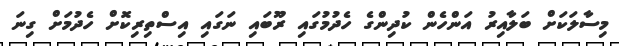
މިސާލަކަށް ބަލާއިރު އަންހެން ކުދިންގެ ހެދުމުގައި ރޫބައި ނަގައި އިސްތިރިކޮށް ހެދުމަށް ގިނަ